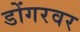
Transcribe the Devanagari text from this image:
डोंगरवर